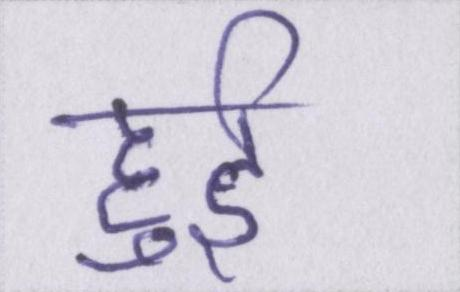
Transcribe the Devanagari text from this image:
हुर्इ